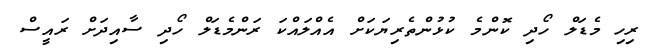
ރިހި މެޑަލް ހޯދި ކޮންމެ ކުޅުންތެރިޔަކަށް އެއްލައްކަ ރަންމެޑަލް ހޯދި ސާއިދަށް ރައީސް